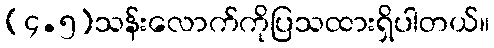
(၄.၅)သန်းလောက်ကိုပြသထားရှိပါတယ်။